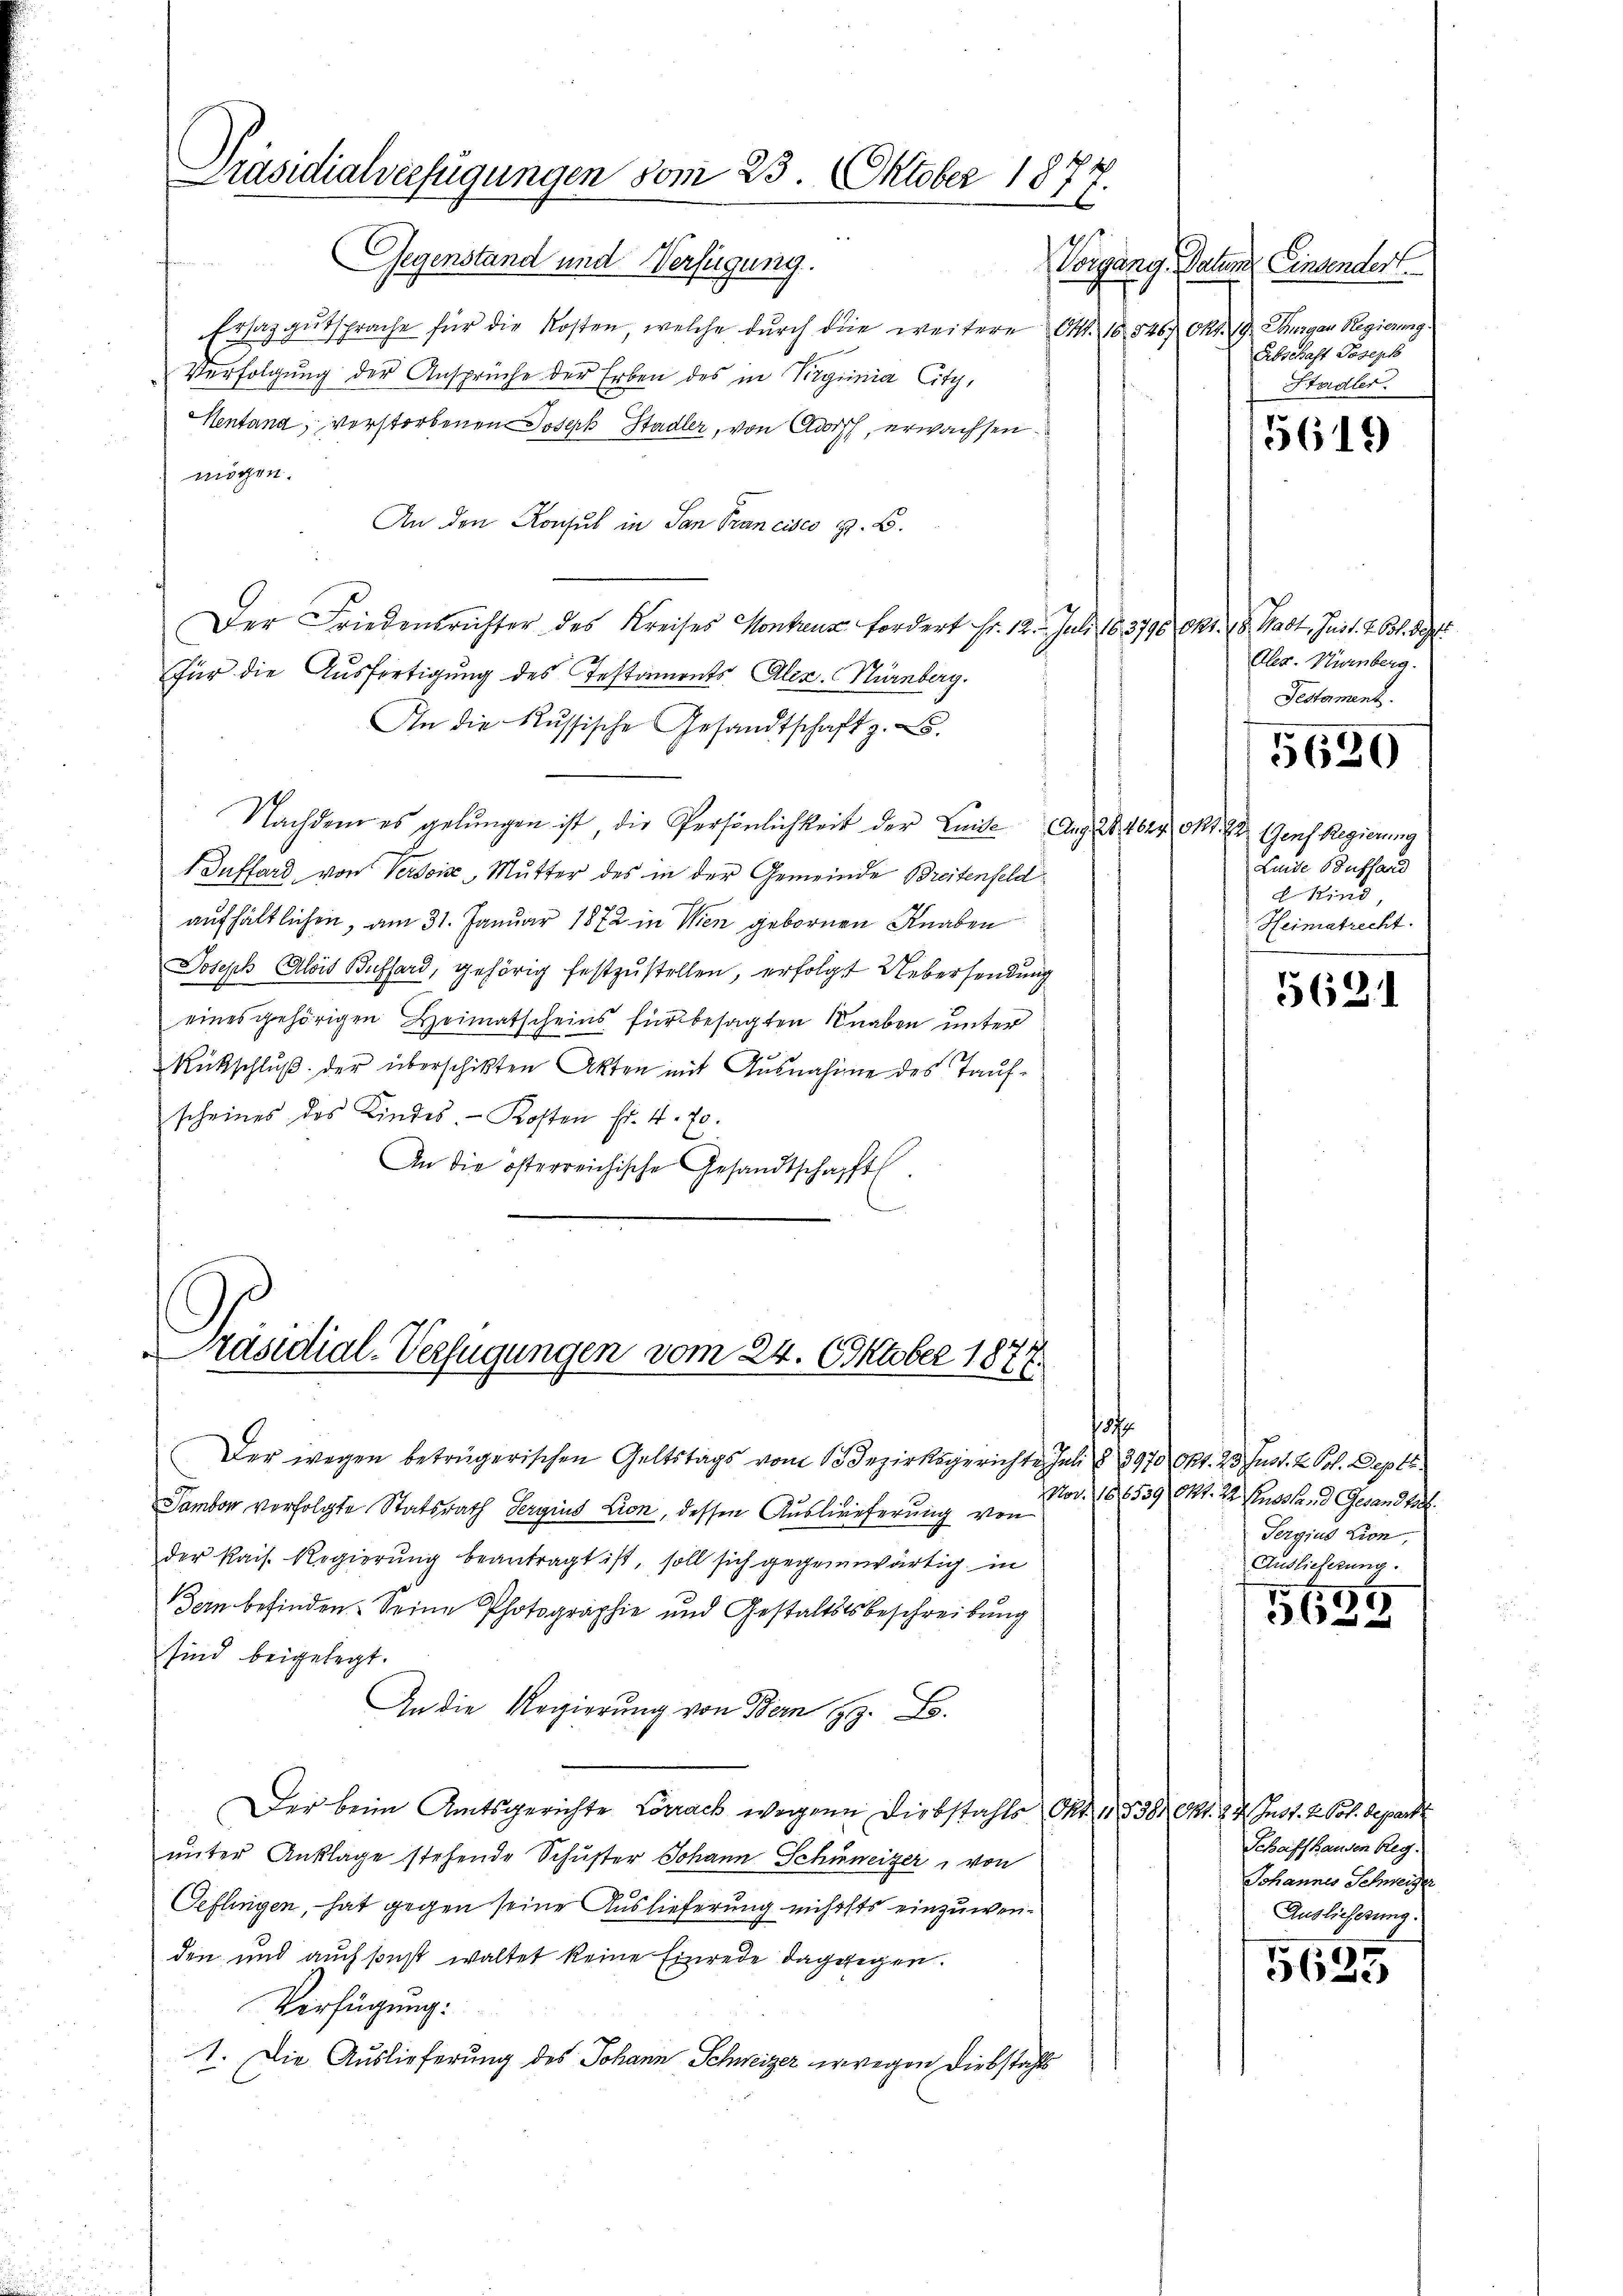
Präsidialverfügungen vom 23. Oktober 1877.

Gegenstand und Verfügung.
Ersatgutsprache für die Kosten, welche durch die weitere S. 16. 5467 Okt. 19. Thurgau Regierung
Verfolgung der Ansprüche der Erben des in Virginia City,
Hentana, verstorbenen Joseph Stadler, von Adisch, erwachsen.
mögen.
An den Konsul in San Francisco H. B.
Der Friedensrichter des Kreises Montanz fordert Fr. 12. Juli 183790. Okt. 18. Hast, Just. 2. 61. Sept
Für die Ausfertigung des Testaments Alex. Nürnberg.
An die Russische Gesandtschaft z. B.
Nachdem es gelungen ist, die Persönlichkeit der Linie Aug. 28. 4624. Okt. 82. Genf Regierung
1. Auffard von Verdoise, Mutter des in der Gemeinde Breitenfeld
aufhältlichen, am 31. Januar 1872 in Wien gebornen Knaben
Joseph Alois Bussard, gehörig festzustellen, erfolgt Uebersendung
eines gehörigen Heimatscheins für besagten Knaben unter
Rückschluß der überschikten Akten mit Ausnahme des Taufscheines des Kindes-Kosten fr. 4. 70.
An die österreichische Gesandtschafft.
Präsidial-Verfügungen vom 24. Oktober 1877.

Der wegen betrügerischen Geltstags vom 13 Bezirksgerichte Juli § 3970 Okt. 23. Just. 2 Pol. Deptr.
Sambon vorfolgte Statsrath Sergius Lion, dessen Auslieferung von
der kais. Regierŭng beantragt ist, soll sich gegenwärtig in
Bern befinden. Seine Photographie und Gestaltstsbeschreibung
sind beigelegt.
An die Regierŭng von Bern z. B.
Der beim Amtsgerichte Carrack wegene Diebstahls Okt. 1838. CM. v. 4. Inst. 2. Pot. Depart
unter Anklage stehende Schŭster Johann Schweizer, von
Oeflingen, – hat gegen seine Auslieferung nichtsts einzuwenden und auch sonst waltet keine Einrede dagegen.
Verfügung:
1. Die Auslieferung des Johann Schweizer erwegen Diebstahls

Vorgang. Paten Einsendert.
Abschaft Joseph
Stadler.

5619

Aler. Nürnberg.
Testament.
Linde Buffand
d Kind
Heimatrecht.

5630

5631

Nov. 186539 Okt. 22. Einsstand Gesandte
Sergius Lion,
Auslieferung.

16
x

Schaffhausen Reg.
Johannes Schweizer
Auslieferung

5625